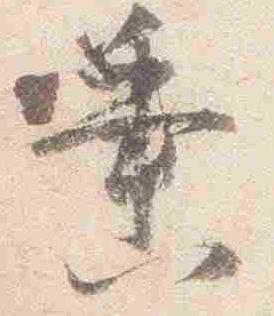
垂